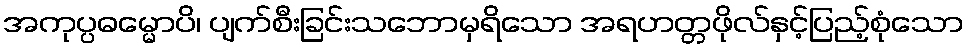
အကုပ္ပဓမ္မောပိ၊ ပျက်စီးခြင်းသဘောမှရိသော အရဟတ္တဖိုလ်နှင့်ပြည့်စုံသော